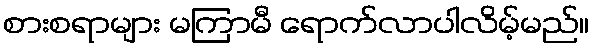
စားစရာများ မကြာမီ ရောက်လာပါလိမ့်မည်။